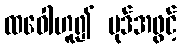
ထဝေါဟူ၍ ပုဒ်အဖွင့်